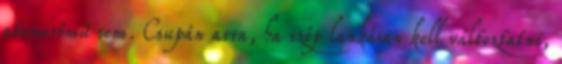
atomerőmű sem. Csupán arra, ha szép lankásan kell változtatni,